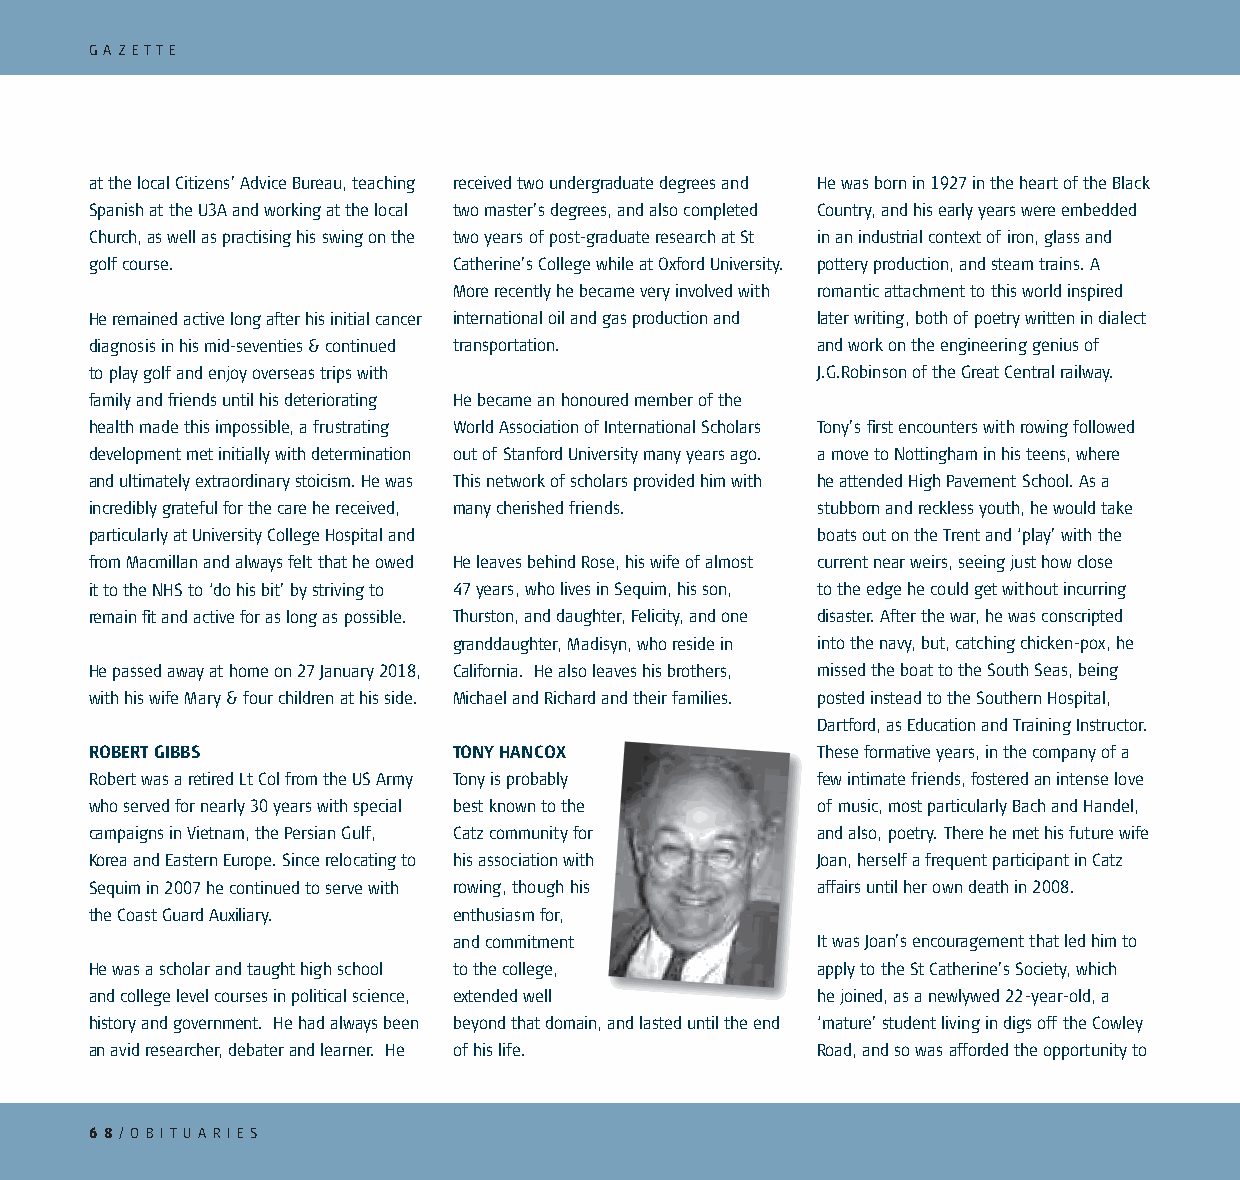
G A Z ETT E
 at the local Citizens’ Advice Bureau, teaching received two undergraduate degrees and He was born in 1927 in the heart of the Black
 Spanish at the U3A and working at the local two master’s degrees, and also completed Country, and his early years were embedded
 Church, as well as practising his swing on the two years of post-graduate research at St in an industrial context of iron, glass and
 golf course.            Catherine’s College while at Oxford University. pottery production, and steam trains. A
 More recently he became very involved with romantic attachment to this world inspired
 He remained active long after his initial cancer international oil and gas production and later writing, both of poetry written in dialect
 diagnosis in his mid-seventies & continued transportation. and work on the engineering genius of
 to play golf and enjoy overseas trips with      J.G.Robinson of the Great Central railway.
 family and friends until his deteriorating He became an honoured member of the
 health made this impossible, a frustrating World Association of International Scholars Tony’s fi rst encounters with rowing followed
 development met initially with determination out of Stanford University many years ago. a move to Nottingham in his teens, where
 and ultimately extraordinary stoicism. He was This network of scholars provided him with he attended High Pavement School. As a
 incredibly grateful for the care he received, many cherished friends. stubborn and reckless youth, he would take
 particularly at University College Hospital and boats out on the Trent and ‘play’ with the
 from Macmillan and always felt that he owed He leaves behind Rose, his wife of almost current near weirs, seeing just how close
 it to the NHS to ‘do his bit’ by striving to 47 years, who lives in Sequim, his son, to the edge he could get without incurring
 remain fi t and active for as long as possible. Thurston, and daughter, Felicity, and one disaster. After the war, he was conscripted
 granddaughter, Madisyn, who reside in into the navy, but, catching chicken-pox, he
 He passed away at home on 27 January 2018, California. He also leaves his brothers, missed the boat to the South Seas, being
 with his wife Mary & four children at his side. Michael and Richard and their families. posted instead to the Southern Hospital,
 Dartford, as Education and Training Instructor.
 ROBERT GIBBS            TONY HANCOX             These formative years, in the company of a
 Robert was a retired Lt Col from the US Army Tony is probably few intimate friends, fostered an intense love
 who served for nearly 30 years with special best known to the of music, most particularly Bach and Handel,
 campaigns in Vietnam, the Persian Gulf, Catz community for and also, poetry. There he met his future wife
 Korea and Eastern Europe. Since relocating to his association with Joan, herself a frequent participant in Catz
 Sequim in 2007 he continued to serve with rowing, though his affairs until her own death in 2008.
 the Coast Guard Auxiliary. enthusiasm for,
 and commitment          It was Joan’s encouragement that led him to
 He was a scholar and taught high school to the college, apply to the St Catherine’s Society, which
 and college level courses in political science, extended well he joined, as a newlywed 22-year-old, a
 history and government. He had always been beyond that domain, and lasted until the end ‘mature’ student living in digs off the Cowley
 an avid researcher, debater and learner. He of his life. Road, and so was afforded the opportunity to
 6 8/ O B I T U A R I ES